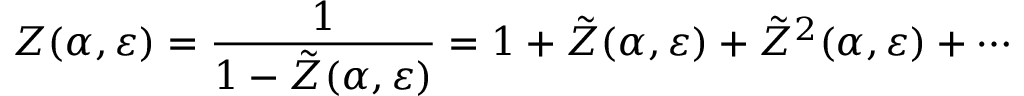
Z ( \alpha , \varepsilon ) = \frac { 1 } { 1 - \tilde { Z } ( \alpha , \varepsilon ) } = 1 + \tilde { Z } ( \alpha , \varepsilon ) + \tilde { Z } ^ { 2 } ( \alpha , \varepsilon ) + \cdots